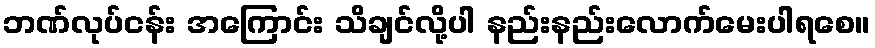
ဘဏ်လုပ်ငန်း အကြောင်း သိချင်လို့ပါ နည်းနည်းလောက်မေးပါရစေ။